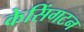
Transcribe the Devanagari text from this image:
केसिंगटन